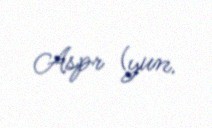
Aspr (yun.